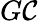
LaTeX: G\mathcal{C}